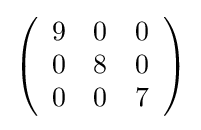
{\textstyle \left({\begin{array}{rrr}9&0&0\\0&8&0\\0&0&7\\\end{array}}\right)}